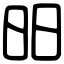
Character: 昍